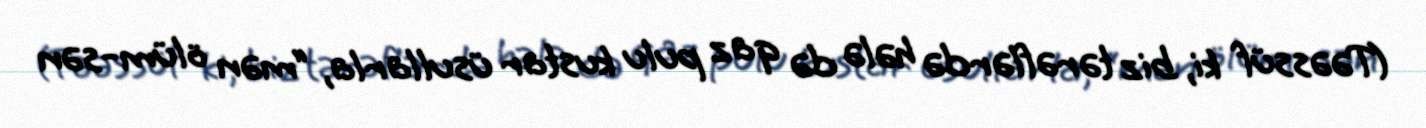
(Təəssüf ki, biz tərəflərdə hələ də qaz pulu kustar üsullarla, “mən ölüm-sən